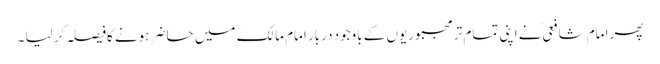
پھر امام شافعیؒ نے اپنی تمام تر مجبوریوں کے باوجود دربار امام مالکؒ میں حاضر ہونے کافیصلہ کرلیا ۔